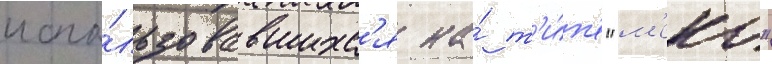
испо́льзовавшихс'я на́ т'и́п'е "м'еко"